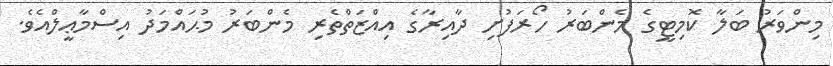
މިންވަރު ބަލާ ކޮމިޓީގެ މެންބަރު ހޯރަފުށި ދާއިރާގެ އިއްޒަތްތެރި މެންބަރު މުޙައްމަދު އިސްމާޢީލްއެވެ.